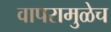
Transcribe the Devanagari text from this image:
वापरामुळेच